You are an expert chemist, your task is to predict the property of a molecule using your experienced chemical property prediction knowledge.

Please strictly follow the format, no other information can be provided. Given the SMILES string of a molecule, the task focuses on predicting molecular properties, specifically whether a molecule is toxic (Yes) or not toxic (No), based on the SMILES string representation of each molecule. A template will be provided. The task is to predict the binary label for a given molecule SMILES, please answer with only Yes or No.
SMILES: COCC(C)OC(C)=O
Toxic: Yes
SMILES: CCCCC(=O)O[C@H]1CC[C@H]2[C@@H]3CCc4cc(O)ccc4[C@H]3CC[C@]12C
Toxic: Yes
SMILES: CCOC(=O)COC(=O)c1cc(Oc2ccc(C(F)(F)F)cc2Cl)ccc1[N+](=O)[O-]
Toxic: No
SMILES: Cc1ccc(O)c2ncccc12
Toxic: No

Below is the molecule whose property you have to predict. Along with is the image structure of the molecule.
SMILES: CN(C)CCCN1c2ccccc2Sc2ccccc21
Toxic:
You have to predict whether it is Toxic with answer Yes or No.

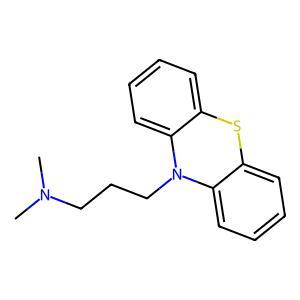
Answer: Yes